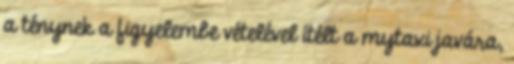
a ténynek a figyelembe vételével ítélt a mytaxi javára,